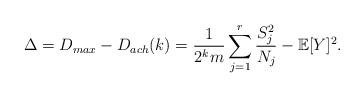
LaTeX: \begin{align*}\Delta & = D_{max} - D_{ach}(k) = \frac{1}{2^{k} m}\sum_{j=1}^{r} \frac{S_j^2}{ N_j} - \mathbb{E}[Y]^2. \end{align*}